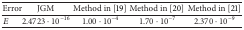
<table><thead><tr><td><b>Error </b></td><td><b> JGM </b></td><td><b> Method in [19]</b></td><td><b> Method in [20] </b></td><td><b> Method in [21] </b></td></tr></thead><tbody><tr><td><i>E</i></td><td>2.4723<i>·</i>10<sup>−16</sup></td><td>1.00<i>·</i>10<sup>−4</sup></td><td>1.70<i>·</i>10<sup>−7</sup></td><td>2.370<i>·</i>10<sup>−9</sup></td></tr></tbody></table>